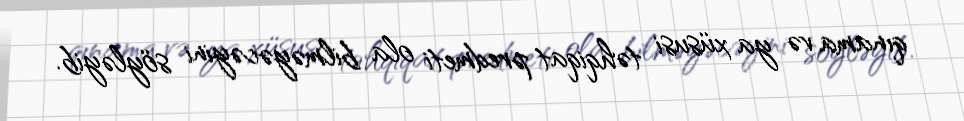
qınama və ya xüsusi təhqiqat predmeti ola bilməyəcəyini söyləyib.